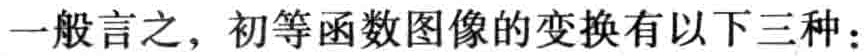
一般言之，初等函数图像的变换有以下三种：